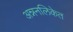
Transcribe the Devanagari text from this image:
अन्ननलिकेत